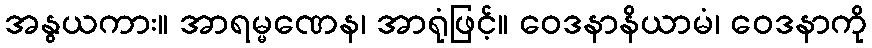
အနွယကား။ အာရမ္မဏေန၊ အာရုံဖြင့်။ ဝေဒနာနိယာမံ၊ ဝေဒနာကို